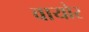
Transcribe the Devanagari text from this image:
वायोर